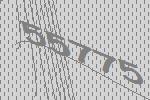
55775